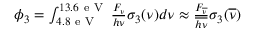
\begin{array} { r } { \phi _ { 3 } = \int _ { 4 . 8 \mathrm { ~ e ~ V ~ } } ^ { 1 3 . 6 \mathrm { ~ e ~ V ~ } } \frac { F _ { \nu } } { h \nu } \sigma _ { 3 } ( \nu ) d \nu \approx \frac { F _ { \overline { { \nu } } } } { \overline { { h \nu } } } \sigma _ { 3 } ( \overline { { \nu } } ) } \end{array}